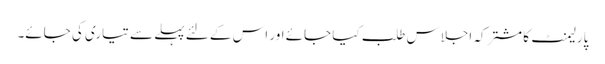
پارلیمنٹ کا مشترکہ اجلاس طلب کیا جائے اور اس کے لئے پہلے سے تیاری کی جائے۔